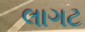
લાગટ